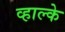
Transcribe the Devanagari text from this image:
व्हाल्के